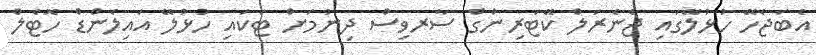
އެބަޖެހޭ ހުޅުލޭގައި ޖެނެރަލް ކޭޓަރިންގް ސާރވިސް ދިނުމަށް ޓަކައި ހުޅުލޭ އައިލެންޑް ހޮޓެލް